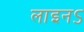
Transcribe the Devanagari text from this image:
लाइनऽ